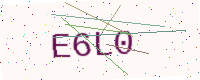
Text: E6L0